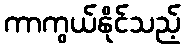
ကာကွယ်နိုင်သည့်